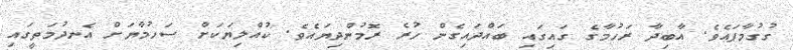
ގުގުމާފައެވެ. އާބިދާ ރަހުމާގެ ގައިގައި ބައްދައިގެން ހުރެ ރޮމުންދިޔައެވެ. ކުއްލިޔަކަށް ސަހުމާޔަށް އެނދުމަތީގައި